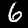
Label: 6